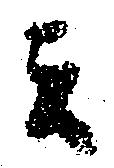
て